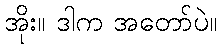
အိုး။ ဒါက အတော်ပဲ။